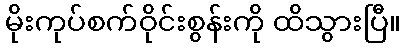
မိုးကုပ်စက်ဝိုင်းစွန်းကို ထိသွားပြီ။